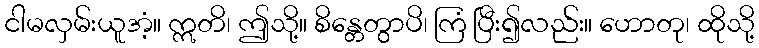
ငါမလှမ်းယူအံ့။ ဣတိ၊ ဤသို့။ စိန္တေတွာပိ၊ ကြံ ပြီး၍လည်း။ ဟောတု၊ ထိုသို့